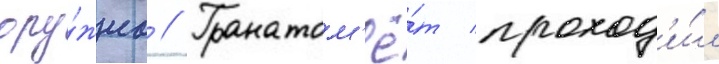
ору́жиа // Гранатом'ё́т проход'и́л